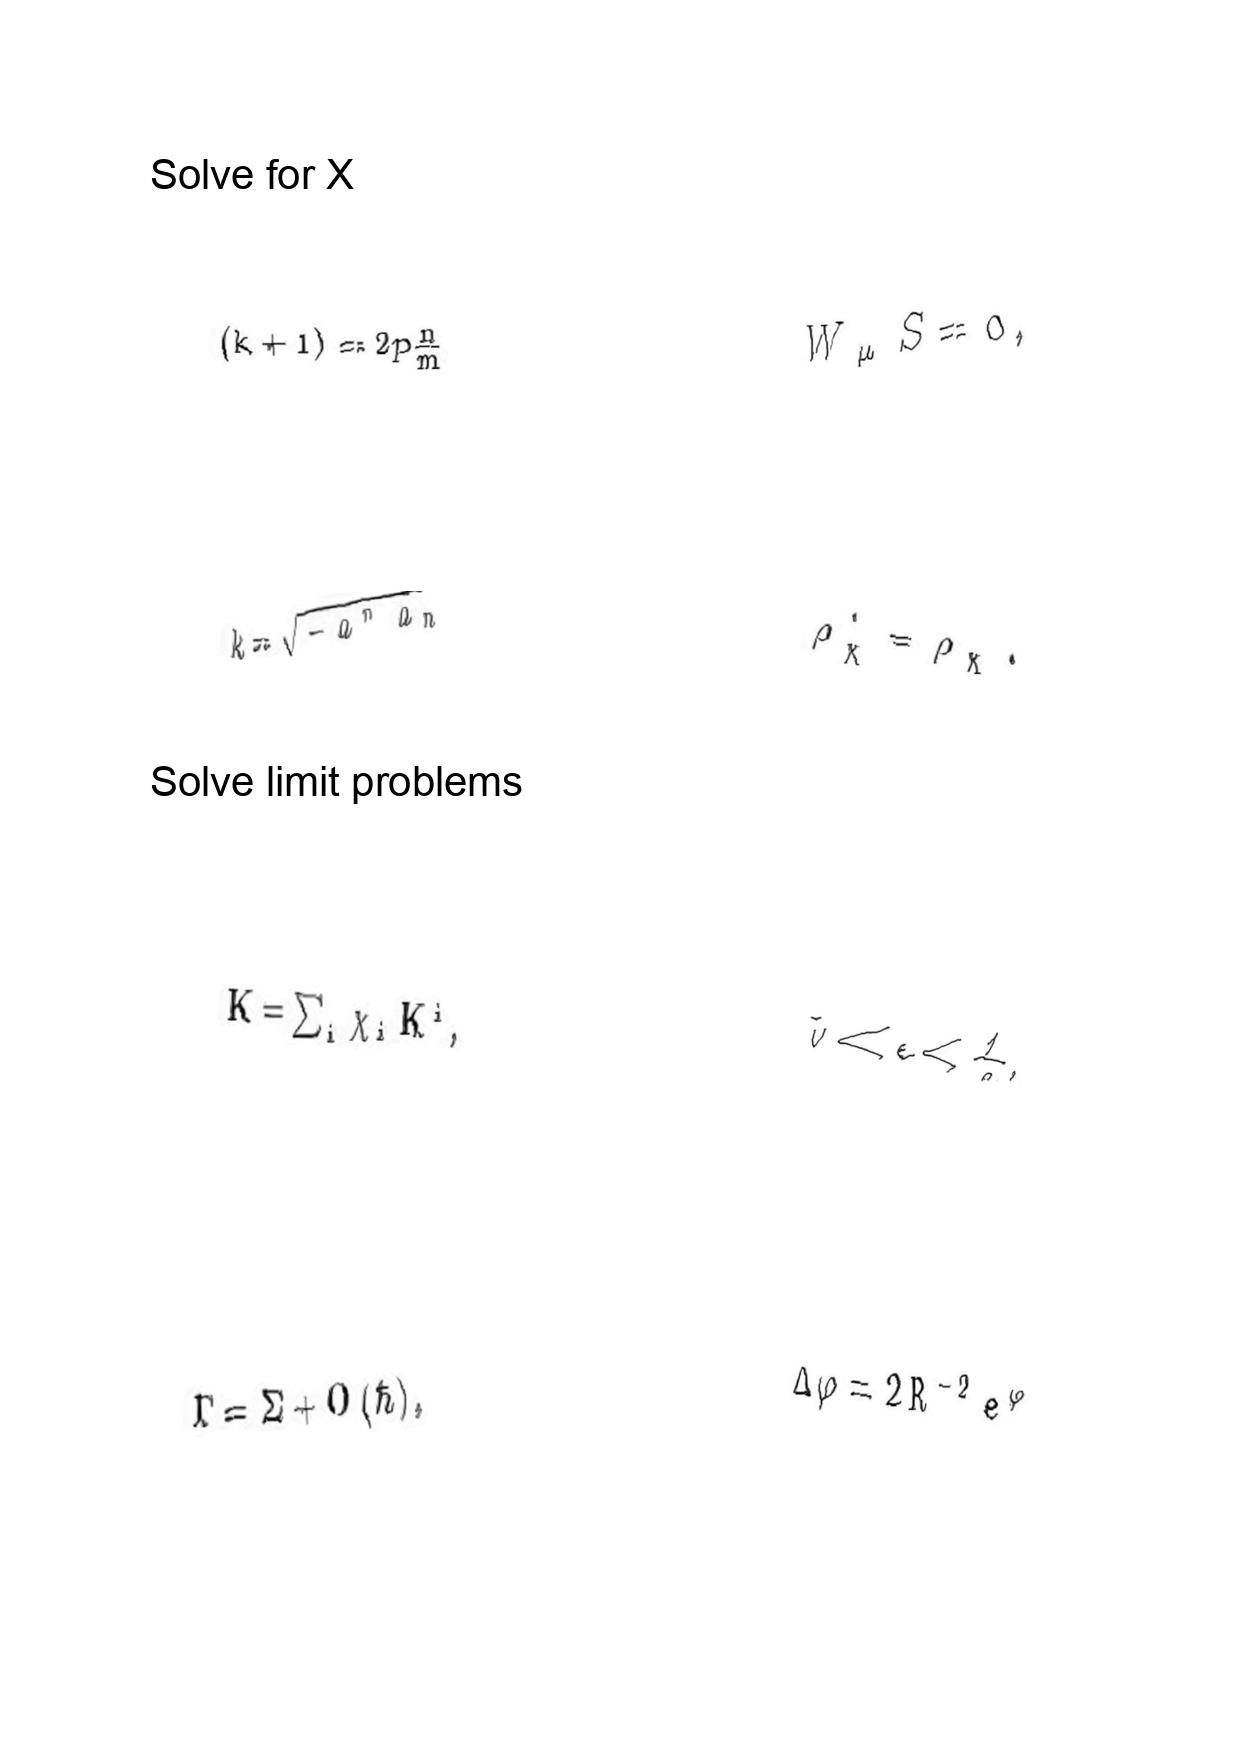
LaTeX transcription:
\lparen k + 1 \rparen = 2 p \frac { n } { m }
k = \sqrt { - a ^ { n } a _ { n } }
K = \sum _ { i } \chi _ { i } K ^ { i } ,
\Gamma = \Sigma + O \lparen \hbar \rparen ,
W _ { \mu } S = 0 ,
\rho _ { \chi } ^ { \prime } = \rho _ { \chi } .
\tilde { v } \ll \epsilon \lt \frac { 1 } { a } ,
\Delta \varphi = 2 R ^ { - 2 } e ^ { \varphi }